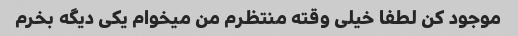
موجود کن لطفا خیلی وقته منتظرم من میخوام یکی دیگه بخرم